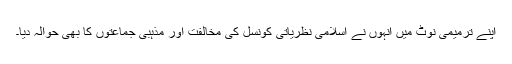
اپنے ترمیمی نوٹ میں انہوں نے اسلامی نظریاتی کونسل کی مخالفت اور مذہبی جماعتوں کا بھی حوالہ دیا۔